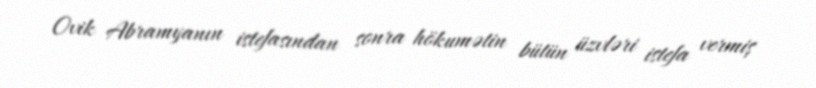
Ovik Abramyanın istefasından sonra hökumətin bütün üzvləri istefa vermiş